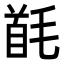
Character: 𩠔